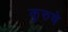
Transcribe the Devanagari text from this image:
कुरुषे